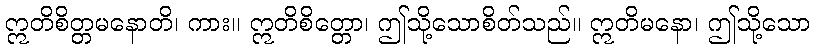
ဣတိစိတ္တမနောတိ၊ ကား။ ဣတိစိတ္တော၊ ဤသို့သောစိတ်သည်။ ဣတိမနော၊ ဤသို့သော